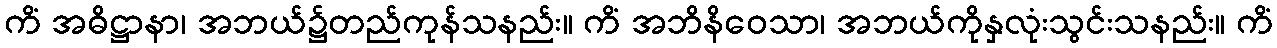
ကိံ အဓိဋ္ဌာနာ၊ အဘယ်၌တည်ကုန်သနည်း။ ကိံ အဘိနိဝေသာ၊ အဘယ်ကိုနှလုံးသွင်းသနည်း။ ကိံ